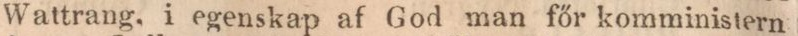
Wattrang, i egenskap af God man főr komministern